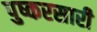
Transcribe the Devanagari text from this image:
पुष्करसारी